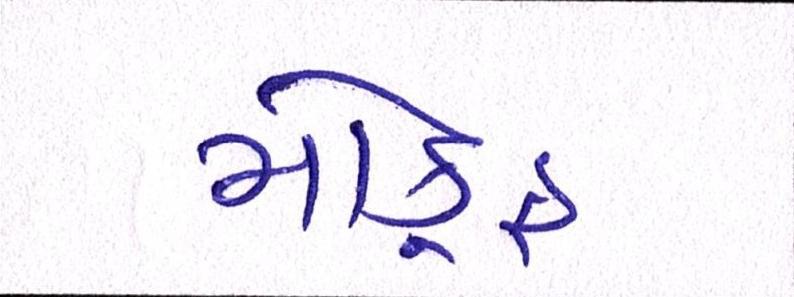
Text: મોકૂફ